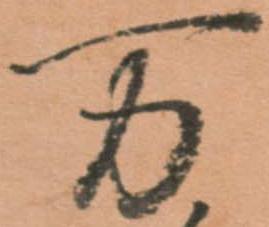
万